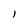
Character: 1